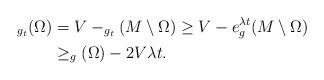
LaTeX: \begin{align*}_{g_t}(\Omega)&=V-_{g_t}(M\setminus \Omega)\ge V- e^{\lambda t} _g(M\setminus\Omega)\\&\ge _g(\Omega)-2V\lambda t.\end{align*}